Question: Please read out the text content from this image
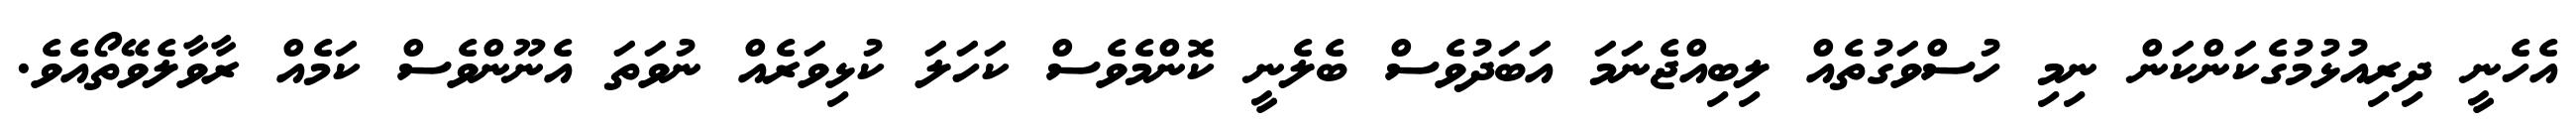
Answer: އެހެނީ ދިރިއުޅުމުގެކަންކަން ނިމި ހުސްވަގުތެއް ލިބިއްޖެނަމަ އަބަދުވެސް ބެލެނީ ކޮންމެވެސް ކަހަލަ ކުޅިވަރެއް ނުވަތަ އެނޫންވެސް ކަމެއް ރާވާލެވޭތޯއެވެ.